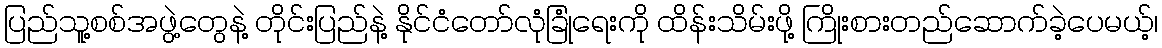
ပြည်သူ့စစ်အဖွဲ့တွေနဲ့ တိုင်းပြည်နဲ့ နိုင်ငံတော်လုံခြုံရေးကို ထိန်းသိမ်းဖို့ ကြိုးစားတည်ဆောက်ခဲ့ပေမယ့်၊